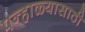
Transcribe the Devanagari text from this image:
पन्हाळ्यासाठी